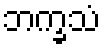
ဘက္ခသံ